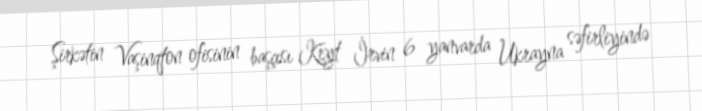
Şirkətin Vaşinqton ofisinin başçısı Keyt İrvin 6 yanvarda Ukrayna səfirliyində